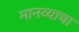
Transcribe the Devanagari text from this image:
मानव्याचा